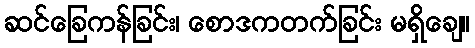
ဆင်ခြေကန်ခြင်း၊ စောဒကတက်ခြင်း မရှိချေ။